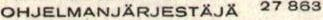
OHJELMANJÄRJESTÄJÄ 27 863